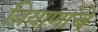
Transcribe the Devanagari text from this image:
बियाणांचे